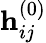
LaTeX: \mathbf{h}_{ij}^{(0)}